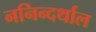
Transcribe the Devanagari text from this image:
ननिन्दर्थाल